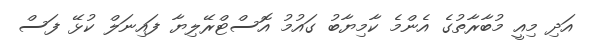
އަދި މިއީ މުބާރާތުގެ އެންމެ ކާމިޔާބު ގައުމު އޮސްޓްރޭލިޔާ ފައިނަލް ކުޅޭ ފަސް